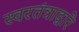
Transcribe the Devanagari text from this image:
स्वरतंत्राद्वारे